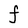
Character: F